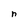
Character: n